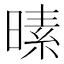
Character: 𪰸